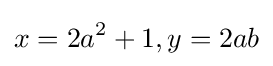
x=2a^{2}+1,y=2ab